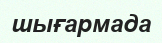
шығармада